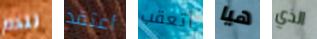
للدم أعتقد أتعقب هيا الذي